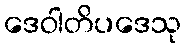
ဒေဝါတိပဒေသု